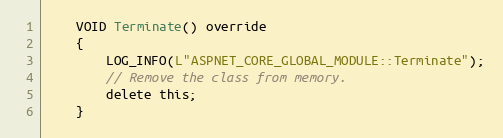
Language: C
    VOID Terminate() override
    {
        LOG_INFO(L"ASPNET_CORE_GLOBAL_MODULE::Terminate");
        // Remove the class from memory.
        delete this;
    }